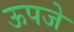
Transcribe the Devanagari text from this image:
ऊपजे